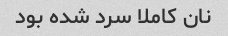
نان کاملا سرد شده بود